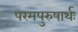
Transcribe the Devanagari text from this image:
परमपुरुषार्थः